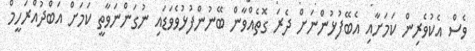
ވެސް އެކުވެރިން ކަމަށާއި އެބޭފުޅުންނަށް ދެރަ ގޮތެއްވާން ބޭނުންފުޅުވެވަޑައި ނުގަންނަވާތީ ކަމަށް އަބްދުއްރަހީމް